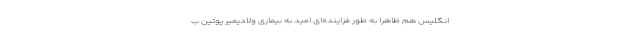
انگلیس هم ظاهرا به طور فزاینده‌ای امید به بیماری ولادیمیر پوتین ب